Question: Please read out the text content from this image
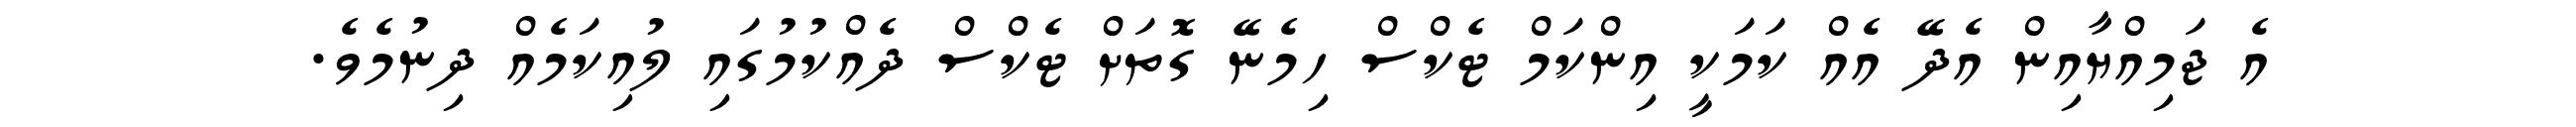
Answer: އެ ޖަމިއްޔާއިން އެދޭ އެއް ކަމަކީ އިންކަމް ޓެކްސް ހިމެނޭ ގޮތަށް ޓެކްސް ދެއްކުމުގައި ލުއިކަމެއް ދިނުމެވެ.